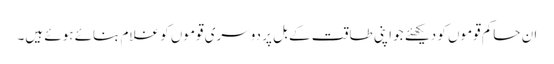
ان حاکم قوموں کو دیکھئے جو اپنی طاقت کے بل پر دوسری قوموں کو غلام بنائے ہوئے ہیں۔